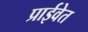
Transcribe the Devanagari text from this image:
प्राईवेत